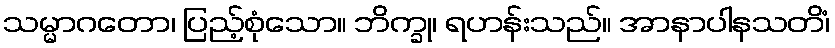
သမ္မာဂတော၊ ပြည့်စုံသော။ ဘိက္ခု၊ ရဟန်းသည်။ အာနာပါနသတိံ၊